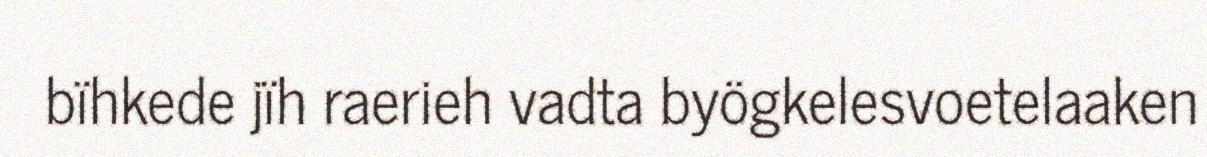
bïhkede jïh raerieh vadta byögkelesvoetelaaken